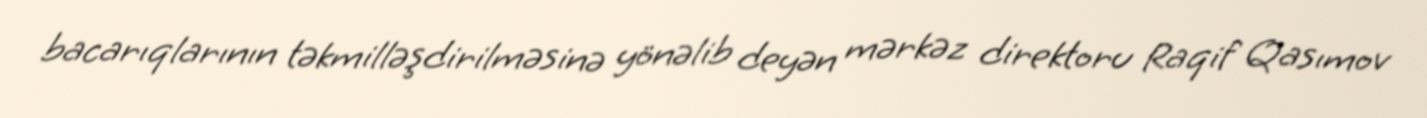
bacarıqlarının təkmilləşdirilməsinə yönəlib deyən mərkəz direktoru Raqif Qasımov